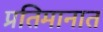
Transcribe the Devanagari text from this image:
प्रतिमानात